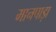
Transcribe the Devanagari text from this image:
मानपाड़ा